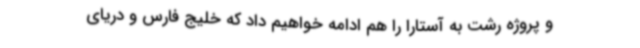
و پروژه رشت به آستارا را هم ادامه خواهیم داد که خلیج فارس و دریای